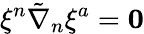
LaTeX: \xi^{n}\tilde{\nabla}_{n}\xi^{a}=\mathbf{0}